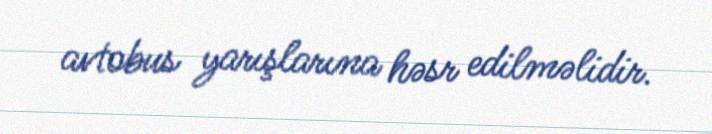
avtobus yarışlarına həsr edilməlidir.